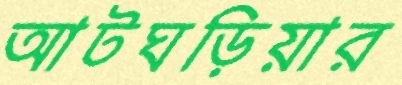
আটঘড়িয়ার